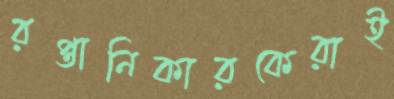
রপ্তানিকারকেরাই